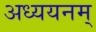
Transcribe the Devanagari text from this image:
अध्ययनम्